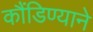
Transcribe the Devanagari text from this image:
कौंडिण्याने